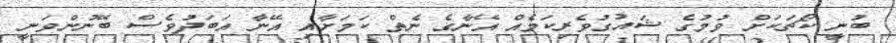
ބުނީ ކޯޗަކަށް ވުމުގެ ޝައުގުވެރިކަމެއް އޭނާގެ ނެތް ކަމަށާއި އޭނާ އަބަދުވެސް ބޭނުންވަނީ